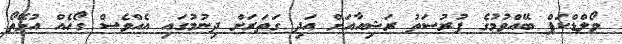
ވޯލްޑްކަޕް ބޭއްވުމުގެ ފުރުސަތު ރަޝިއާއަށް އަދި ގަތަރަށް ދިނުމުގައި އެއްވެސް ގޯހެއް އުޅޭތޯ